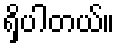
ရှိပါတယ်။